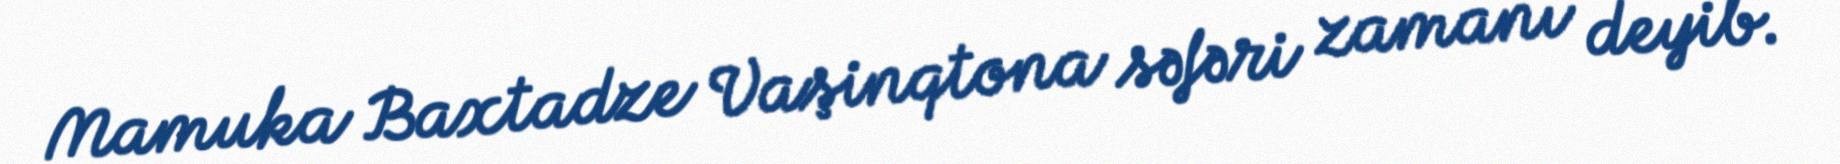
Mamuka Baxtadze Vaşinqtona səfəri zamanı deyib.